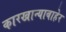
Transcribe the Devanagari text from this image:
कारखान्याबाहेर